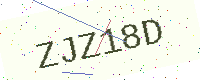
Text: ZJZ18D